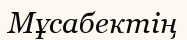
Мұсабектің